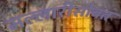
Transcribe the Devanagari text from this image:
मल्लारीसोबत